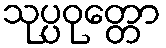
သုပ္ပဝုတ္တော